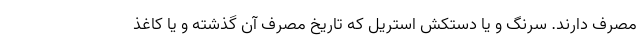
مصرف دارند. سرنگ و یا دستکش استریل که تاریخ مصرف آن گذشته و یا کاغذ